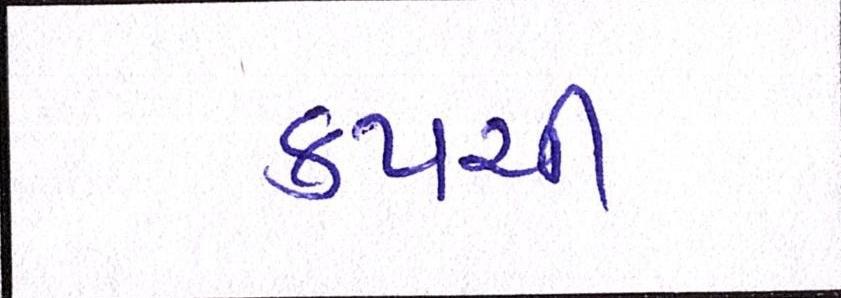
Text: કપચી